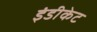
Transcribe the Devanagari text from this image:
इंडीकेट